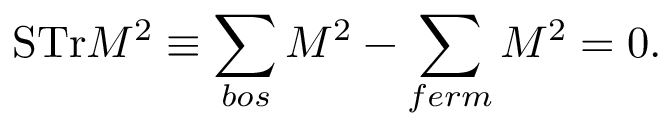
\mathrm { S T r } { \cal M } ^ { 2 } \equiv \sum _ { b o s } { \cal M } ^ { 2 } - \sum _ { f e r m } { \cal M } ^ { 2 } = 0 .